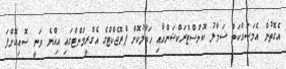
އެގޮތުން އެމަސައްކަތް ސަމާލު ކޮންސްޓްރަކްޝަންއާއި ހަވާލުކޮށް ޕްރޮޖެކްޓްގެ އެގްރީމަންޓްގައި އިއްޔެ ވަނީ ސޮއިކޮށްފަ